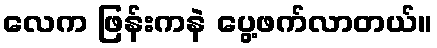
လေက ဖြန်းကနဲ ပွေ့ဖက်လာတယ်။